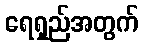
ရေရှည်အတွက်